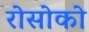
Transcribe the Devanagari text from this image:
रोसोको